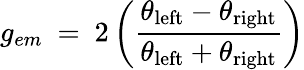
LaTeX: g_{em}\ =\ 2\left({\frac{\theta_{\mathrm{left}}-\theta_{\mathrm{right}}}{\theta_{\mathrm{left}}+\theta_{\mathrm{right}}}}\right)